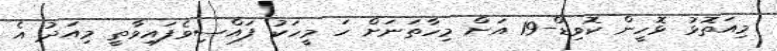
މިއަތޮޅު ޅޮހީން ކޮވިޑް-19 އަށް މިހާތަނަށް ހަ މީހަކު ފައްސިވެފައިވާތީ މިއަދު އެ